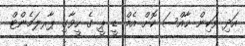
އަދި ވަކިން ޚާއްސަ ކޮށް އެމް ޑީ ޕީ ގެ ހީވާގި ޕާރލަމެންޓް